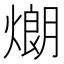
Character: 𤎜